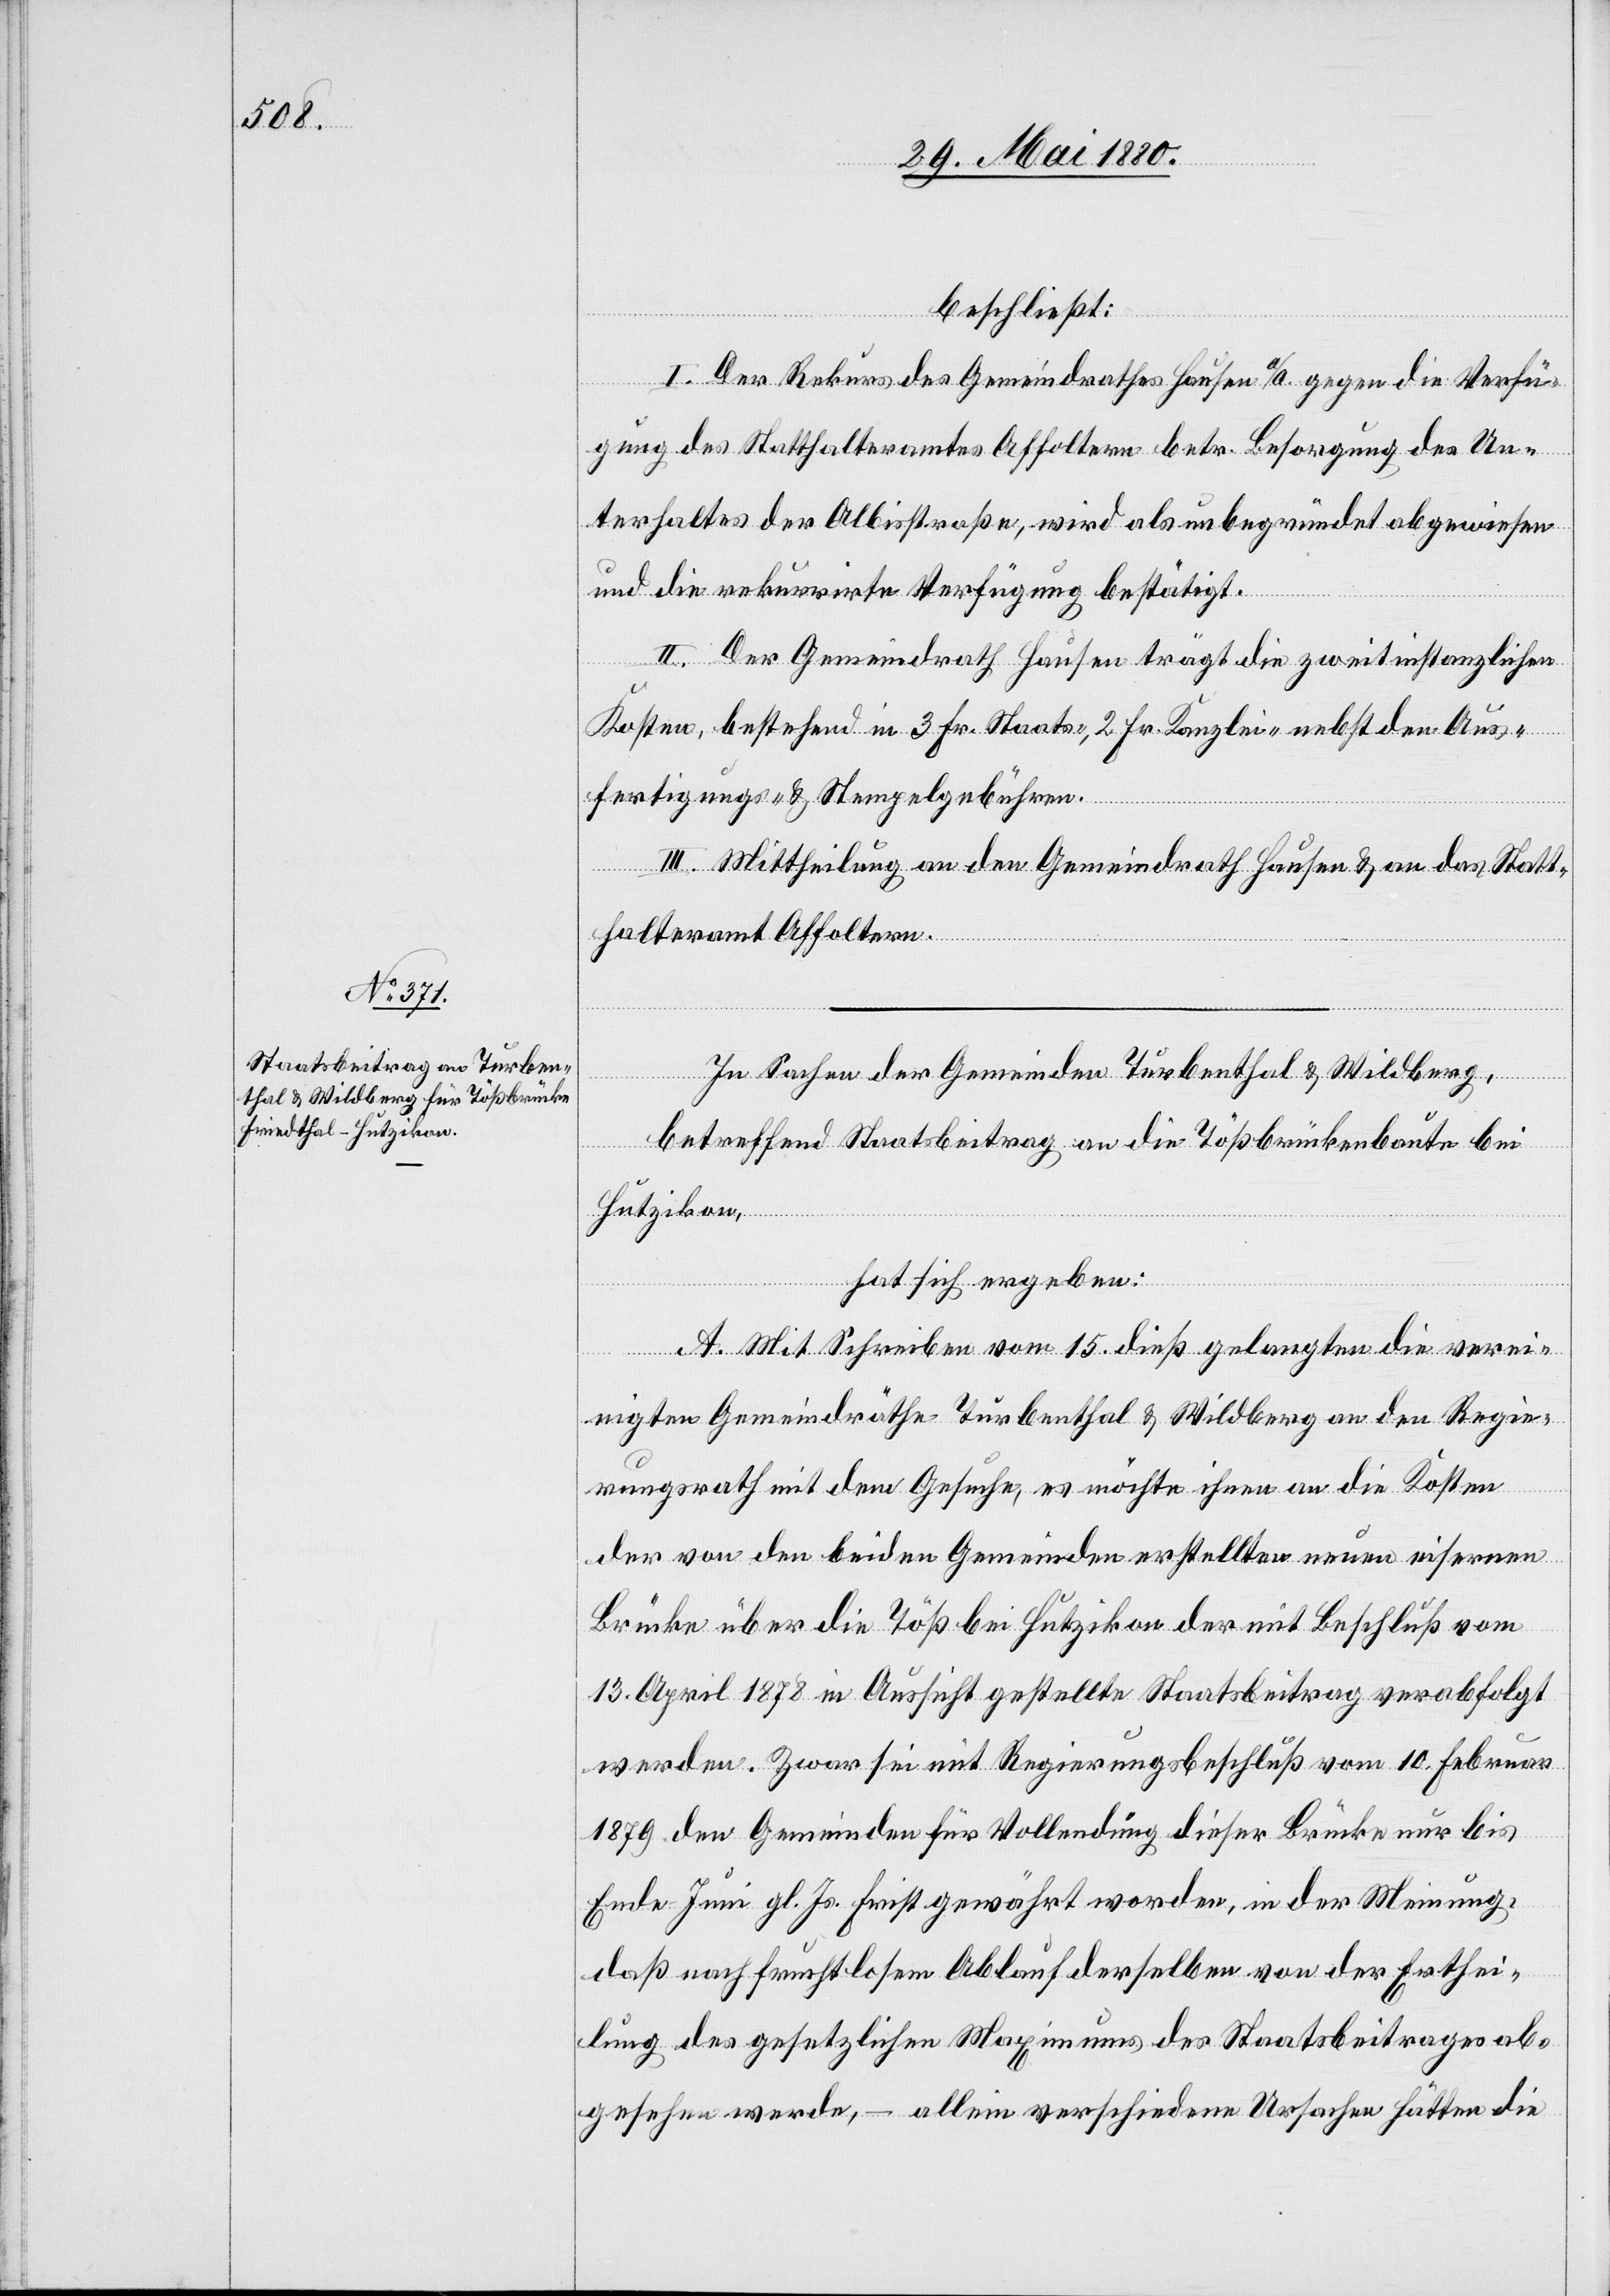
beschließt:
I. Der Rekurs des Gemeindrathes Hausen a/A. gegen die Verfü¬
gung des Statthalteramtes Affoltern betr. Besorgung des Un¬
terhaltes der Albisstraße, wird als unbegründet abgewiesen
und die rekurrirte Verfügung bestätigt.
II. Der Gemeindrath Hausen trägt die zweitinstanzlichen
Kosten, bestehend in 3 Fr. Staats-, 2 Fr. Kanzlei- nebst den Aus¬
fertigungs- & Stempelgebühren.
III. Mittheilung an den Gemeindrath Hausen & an das Statt¬
halteramt Affoltern.
In Sachen der Gemeinden Turbenthal & Wildberg,
betreffend Staatsbeitrag an die Tößbrückenbaute bei
Hutzikon,
hat sich ergeben:
A. Mit Schreiben vom 15. dieß gelangten die verei¬
nigten Gemeindräthe Turbenthal & Wildberg an den Regie¬
rungsrath mit dem Gesuche, es möchte ihnen an die Kosten
der von den beiden Gemeinden erstellten neuen eisernen
Brücke über die Töß bei Hutzikon der mit Beschluß vom
13. April 1878 in Aussicht gestellte Staatsbeitrag verabfolgt
werden. Zwar seit mit Regierungsbeschluß vom 10. Februar
1879 dem Gemeinden für Vollendung dieser Brücke nur bis
Ende Juni gl. Js. Frist gewährt worden, in der Meinung,
daß nach fruchtlosem Ablauf derselben von der Erthei¬
lung des gesetzlichen Maximums des Staatsbeitrages ab¬
gesehen werde, – allein verschiedene Ursachen hätten die